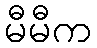
မီမီက